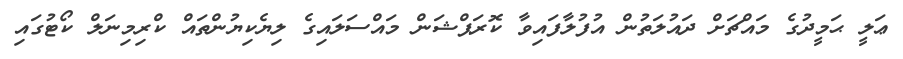
ޢަލީ ޙަމީދުގެ މައްޗަށް ދައުލަތުން އުފުލާފައިވާ ކޮރަޕްޝަން މައްސަލައިގެ ލިޔެކިޔުންތައް ކްރިމިނަލް ކޯޓުގައި